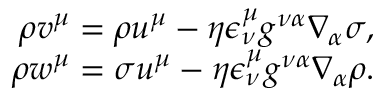
\begin{array} { r } { \rho v ^ { \mu } = \rho u ^ { \mu } - \eta \epsilon _ { \nu } ^ { \mu } g ^ { \nu \alpha } \nabla _ { \alpha } \sigma , } \\ { \rho w ^ { \mu } = \sigma u ^ { \mu } - \eta \epsilon _ { \nu } ^ { \mu } g ^ { \nu \alpha } \nabla _ { \alpha } \rho . } \end{array}